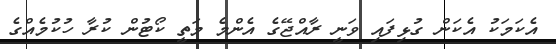
އެކަމަކު އެކަން ގުޅިފައި ވަނީ ރާއްޖޭގެ އެންމެ މަތީ ކޯޓުން ކުރާ ހުކުމެއްގެ